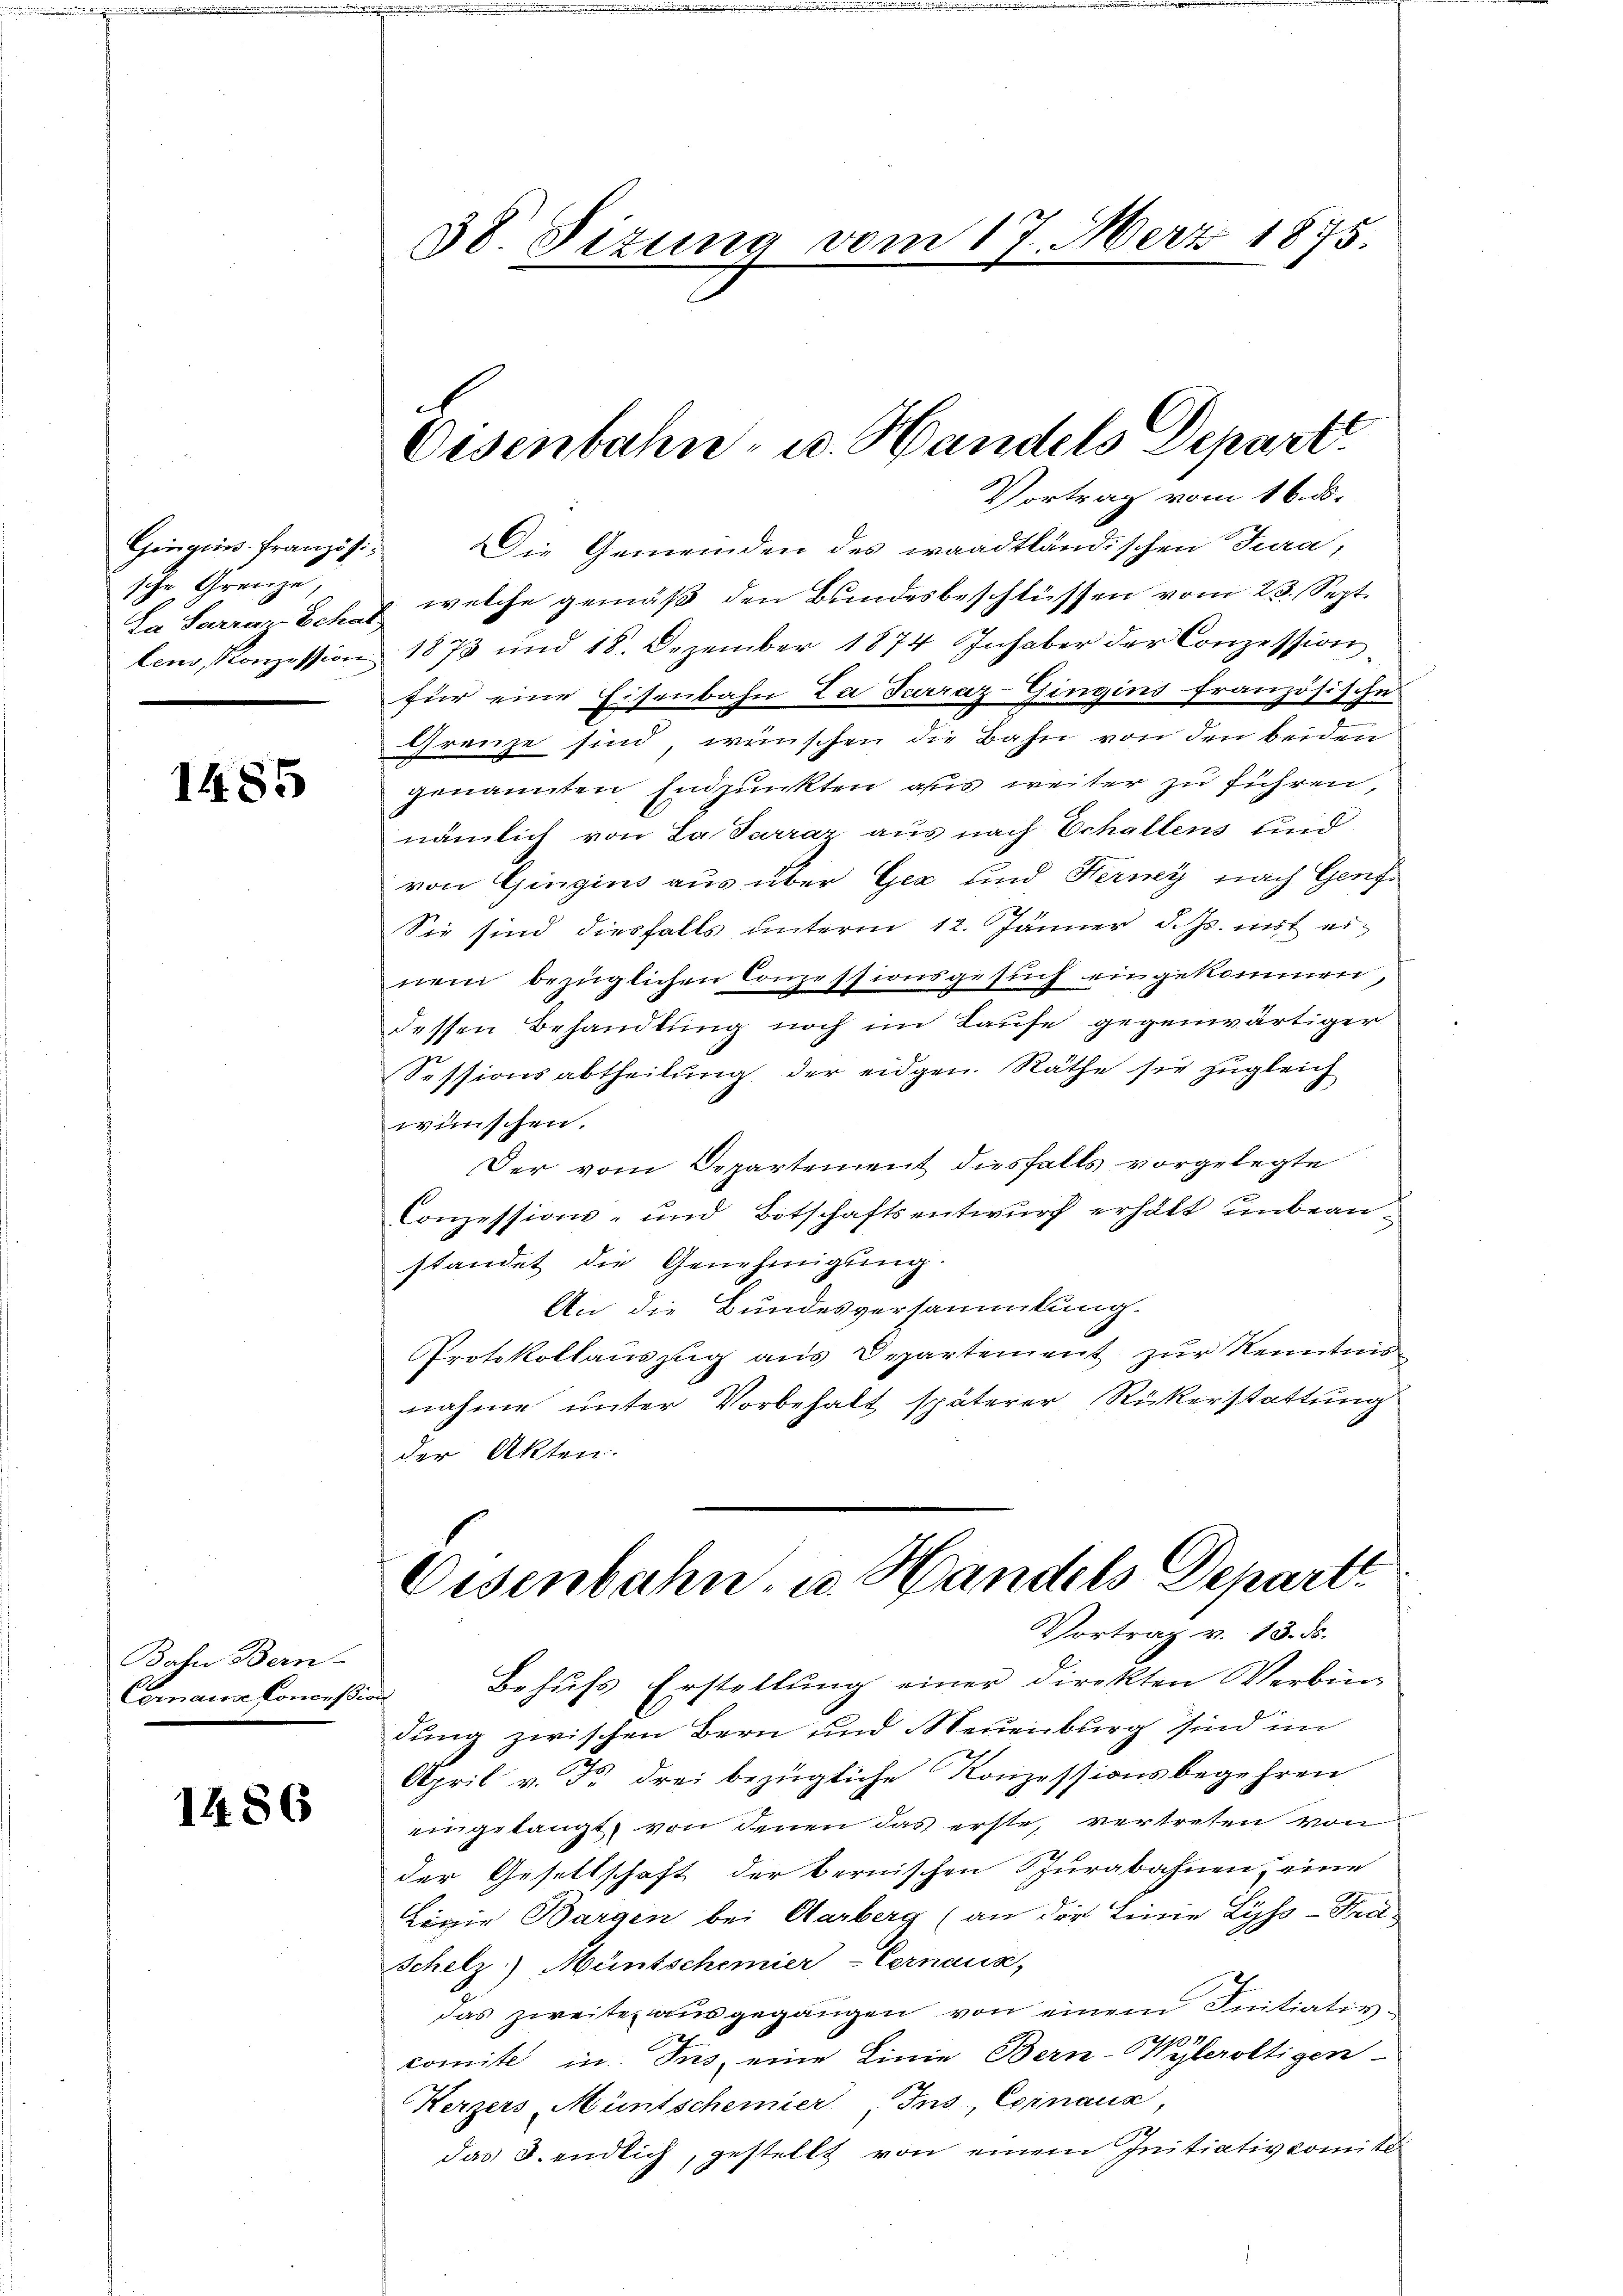
Gingiis-Französi
sche Grenze,

1485

Bahn Bern-
Cornaus Conces in

1486

38. Sizung vom 17. März 1875.

Oesenbahn- u. Handels Depart

Vortrag vom 16. ds.
Die Gemeinden des waadtländischen Jura,
La Sarraz. Ich welche gemäß den Bundesbeschlüssen vom 23. Sept.
lens, Konzession 1873 und 18. Dezember 1874 Inhaber der Conzession
für eine Eisenbahn Za Terraz-Gingins französische
Grenze sind, wünschen die Bahn von den beiden
genannten Endpunkten aus weiter zu führen,
nämlich von La Parraz aus nach Echallens und
von Gingins aus über Gez und Kerny nach Genf¬
Sie sind diesfalls unterm 12. Jänner d. Js. mit einem bezüglichen Conzessionsgesuch eingekommen,
dessen Behandlung noch im Laufe gegenwärtiger
Sessionsabtheilŭng der eidgen. Räthe sie zugleich
wünschen.
Der vom Departement diesfalls vorgelegte
Conzessions- und Botschaftsentwurf erhält unbeanstandet die Genehmigung.
An die Bundesversammlung.
Protokollauszug aus Departement zur Kenntnis
nahme unter Vorbehalt späterer Rückerstattung
der Akten.
Eisenbahn, u. Handels Depart
Vortrag v. 13. ds.
Behufs Erstellung einer direkten Verbin-
f
dung zwischen Bern und Neuenburg sind im
April v. dr drei bezügliche Konzessionsbegehren
eingelangt, von denen das erste, vertreten von
der Gesettschaft der bernischen Spurabahnen, eine
Logie Bargen bei Aarberg (an der Linie Lyss-Stra¬
Schelz) Müntschemier-Cernaux,
das zweite ausgegangen von einem Initiativcomite in Ins eine Linie Bern-Wyleroltigen
Kerzers Müntschemnier, Ins, Coinaus,
das 3. endlich, gestellt von einem Initiativkomit